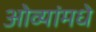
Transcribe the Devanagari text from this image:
ओव्यांमधे